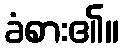
ခံစား၏။